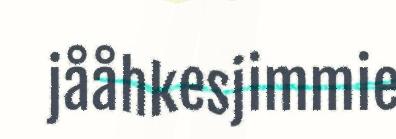
jååhkesjimmie